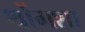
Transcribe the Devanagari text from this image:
थोंगशा